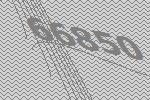
66850